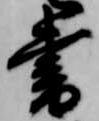
書